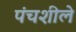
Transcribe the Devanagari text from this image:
पंचशीले